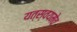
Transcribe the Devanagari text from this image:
यत्स्वयमेव